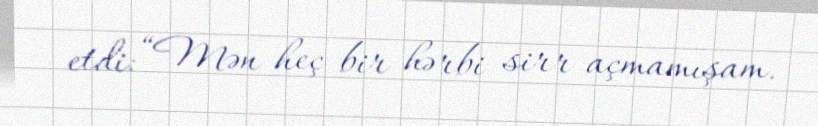
etdi: “Mən heç bir hərbi sirr açmamışam.